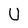
Character: U